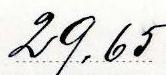
29,65